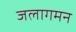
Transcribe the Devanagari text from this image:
जलागमन